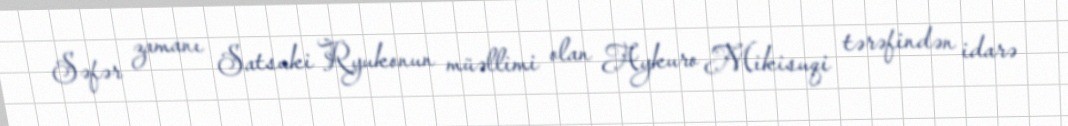
Səfər zamanı Satsuki Ryukonun müəllimi olan Aykuro Mikisuqi tərəfindən idarə